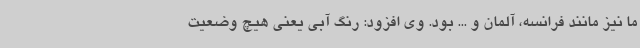
ما نیز مانند فرانسه، آلمان و ... بود. وی افزود: رنگ آبی یعنی هیچ وضعیت